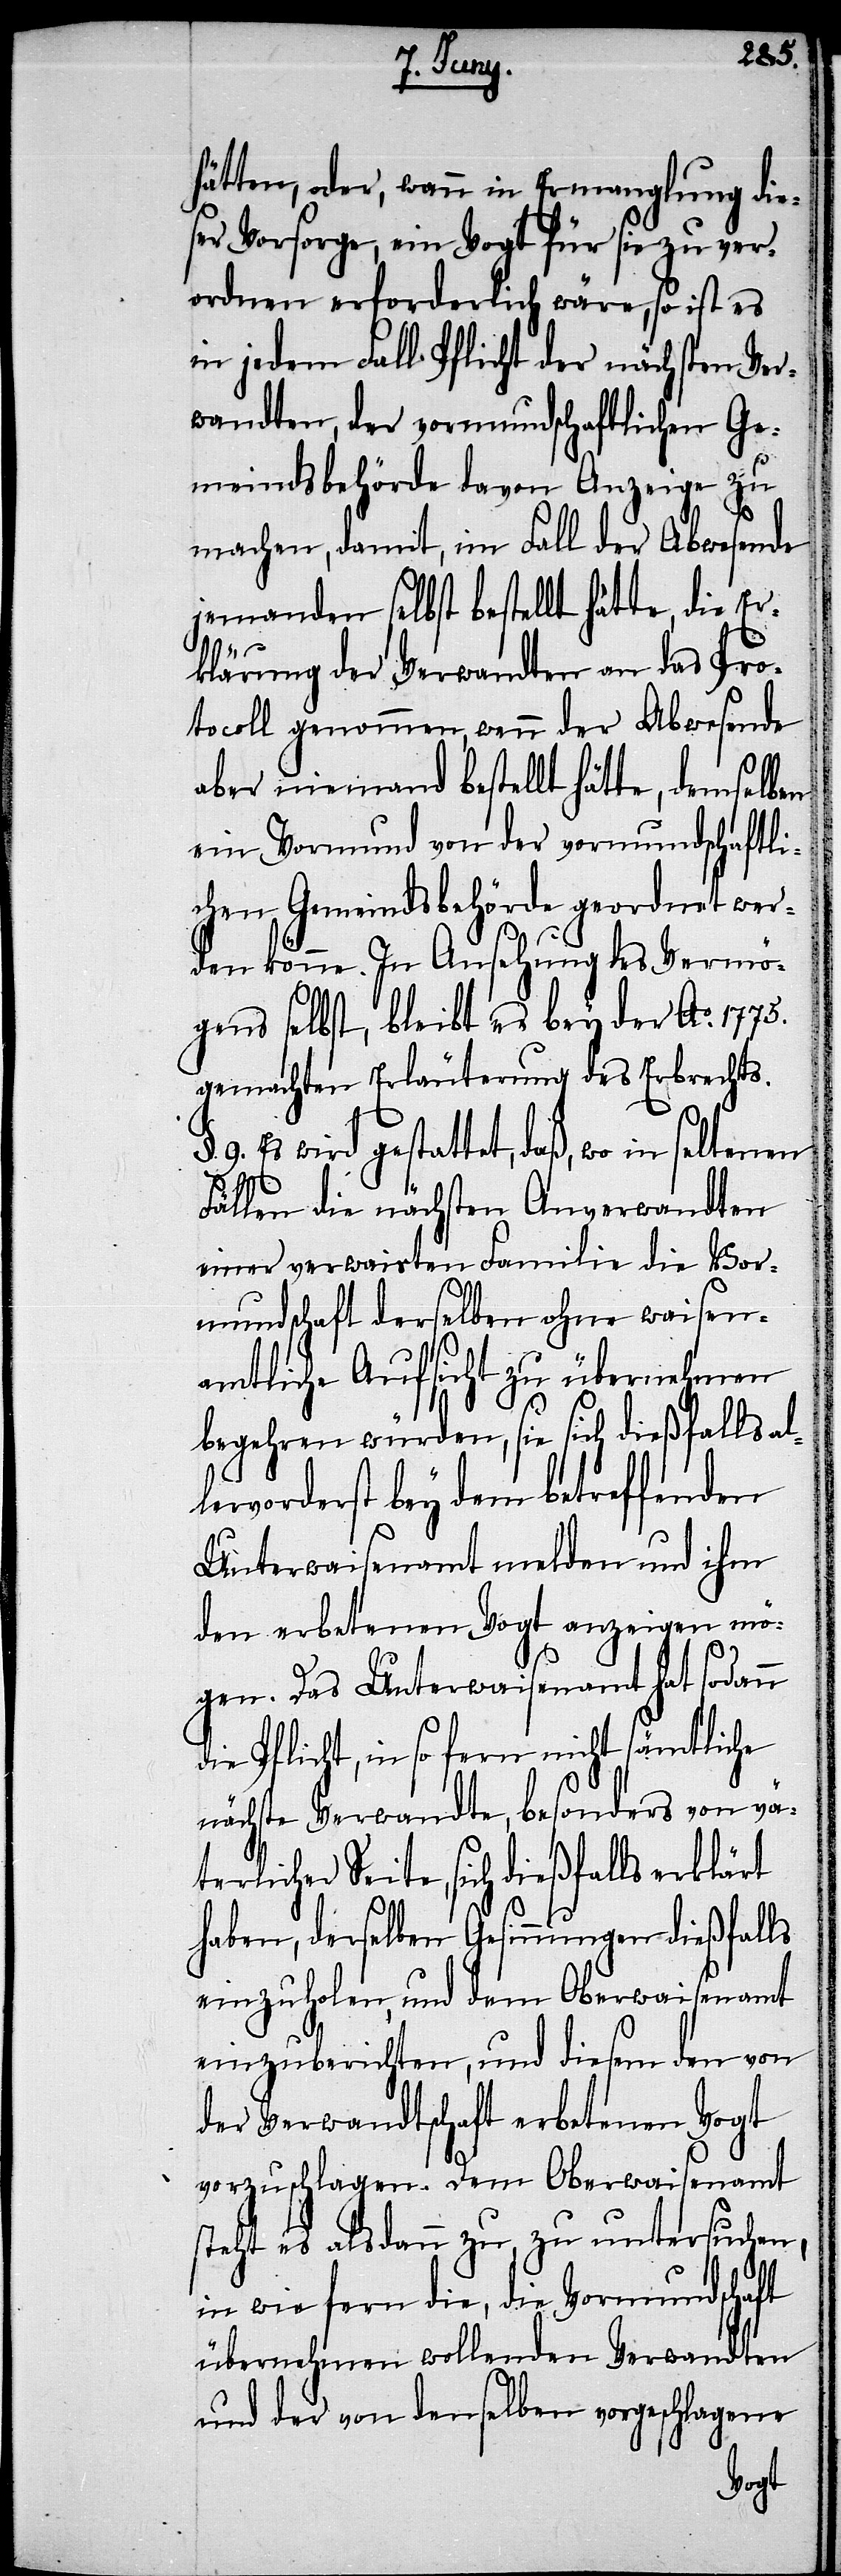
ll¬
hätten, oder, wenn in Ermanglung die¬
ser Vorsorge, ein Vogt für sie zu ver¬
ordnen erforderlich wäre, so ist es
in jedem Fall Pflicht der nächsten Ver¬
wandten, der vormundschaftlichen Ge¬
meindsbehörde davon Anzeige zu
machen, damit, im Fall der Abwesende
jemanden selbst bestellt hätte, die Er¬
klärung der Verwandten an das Pro¬
tocoll genommen, wenn der Abwesende
aber niemand bestellt hätte, demselben
ein Vormund von der vormundschaftli¬
chen Gemeindsbehörde geordnet wer¬
den könne. In Ansehung des Vermö¬
gens selbst, bleibt es bey der Ao. 1775.
gemachten Erläuterung des Erbrechts.
§. 9. Es wird gestattet, daß, wo in seltenen
Fällen die nächsten Anverwandten
einer verwaisten Familie die Vor¬
mundschaft derselben ohne waisen¬
amtliche Aufsicht zu übernehmen
begehren würden, sie sich dießfalls a¬
ervorderst bey dem betreffenden
Unterwaisenamt melden und ihm
den erbetenen Vogt anzeigen mö¬
gen. Das Unterwaisenamt hat sodann
die Pflicht, in so fern nicht sämtliche
nächste Verwandte, besonders von vä¬
terlicher Seite, sich dießfalls e¬
inzuholen, und dem Oberwaisenamt
einzuberichten, und diesem den von
der Verwandtschaft erbetenen Vogt
vorzuschlagen. Dem Oberwaisenamt
steht es als dann zu, zu untersuchen,
in wie fern die, die Vormundschaft
übernehmen wollende Verwandten
und der von denselben vorgeschlagene